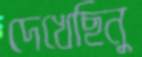
দেখেছিনু